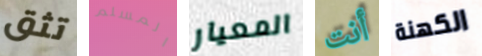
تثق المسلم المعيار أنت الكهنة